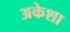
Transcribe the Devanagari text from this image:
अकेशा